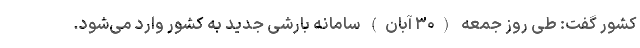
کشور گفت: طی روز جمعه (۳۰ آبان) سامانه بارشی جدید به کشور وارد می‌شود.